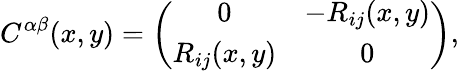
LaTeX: C^{\alpha\beta}(x,y)=\left(\begin{array}{cc}{{0}}&{{-R_{ij}(x,y)}}\\ {{R_{ij}(x,y)}}&{{0}}\end{array}\right),